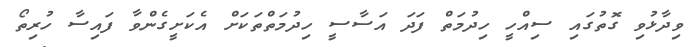
ވިދާޅުވި ގޮތުގައި ސިއްހީ ހިދުމަތް ފަދަ އަސާސީ ހިދުމަތްތަކަށް އެކަށީގެންވާ ފައިސާ ހުރިތޯ